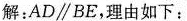
解：AD\parallel BE，理由如下：